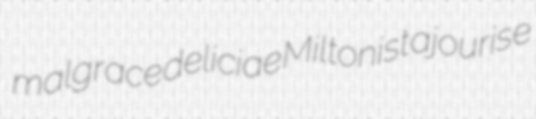
malgrace deliciae Miltonist ajourise